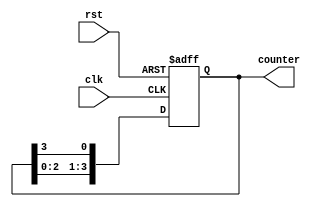
module ring_counter (
    input wire clk,           // Clock input
    input wire rst,           // Reset input
    output reg [3:0] counter  // 4-bit ring counter output
);

// Initialization process
always @(posedge clk or posedge rst) begin
    if (rst) begin
        // Reset the counter to initial state (1000)
        counter <= 4'b1000;
    end else begin
        // Shift the '1' through the flip-flops
        counter <= {counter[2:0], counter[3]};
    end
end

endmodule